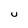
Character: U